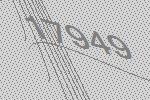
17949